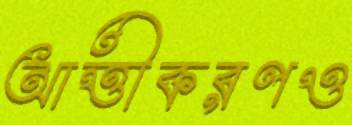
আত্তীকরণও